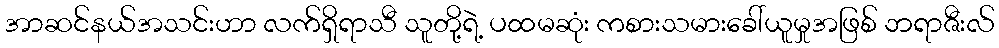
အာဆင်နယ်အသင်းဟာ လက်ရှိရာသီ သူတို့ရဲ့ ပထမဆုံး ကစားသမားခေါ်ယူမှုအဖြစ် ဘရာဇီးလ်